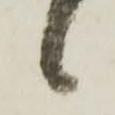
候